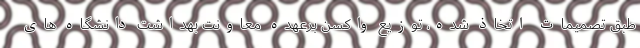
طبق تصمیمات اتخاذ شده، توزیع واکسن برعهده معاونت بهداشت دانشگاه های